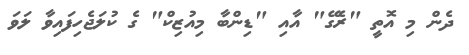
ދެން މި އޮތީ "ރެގޭ" އާއި "ޑިންބާ މިއުޒިކް" ގެ ކުލަޖެހިފައިވާ ލަވަ